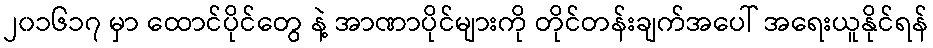
၂၀၁၆၁၇ မှာ ထောင်ပိုင်တွေ နဲ့ အာဏာပိုင်များကို တိုင်တန်းချက်အပေါ် အရေးယူနိုင်ရန်